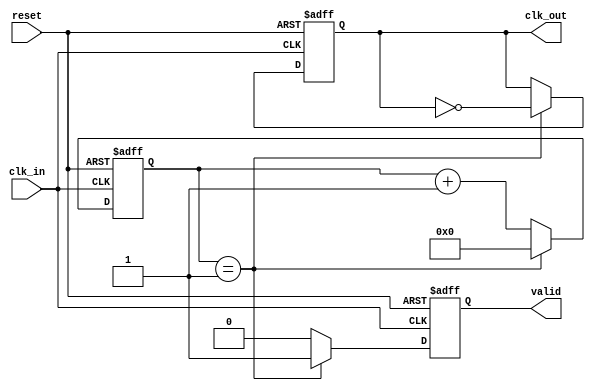
module ClockDividerBuffer #(parameter DIV_FACTOR = 2) (
    input wire clk_in,        // Input clock signal
    input wire reset,         // Asynchronous reset signal
    output reg clk_out,       // Output clock signal
    output reg valid          // Output valid signal
);

    reg [31:0] counter;       // Counter to keep track of clock cycles

    // Asynchronous reset and counter logic
    always @(posedge clk_in or posedge reset) begin
        if (reset) begin
            counter <= 0;      // Reset counter to 0
            clk_out <= 0;     // Reset output clock
            valid <= 0;       // Output clock is not valid
        end else begin
            if (counter == (DIV_FACTOR - 1)) begin
                clk_out <= ~clk_out; // Toggle the output clock
                valid <= 1;           // Mark output as valid
                counter <= 0;         // Reset counter
            end else begin
                counter <= counter + 1; // Increment the counter
                valid <= 0;             // Mark output as not valid
            end
        end
    end

endmodule